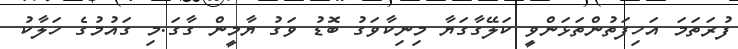
ފުރަތަމަ އަހިފަތުންތަޅަންވީ ކަލޭގާގަޔާ މިނިކާވަގު ބޮޑު ވަގު ޔާމީން ގާގަ.މި ގައުމުގެ ހަލާކު